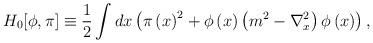
LaTeX: \begin{align*}H_0[\phi,\pi]\equiv \frac{1}{2} \int dx\left( \pi\left( x\right) ^{2}+\phi\left( x\right) \left( m^{2}-\nabla_{x}^{2}\right) \phi\left( x\right) \right),\end{align*}